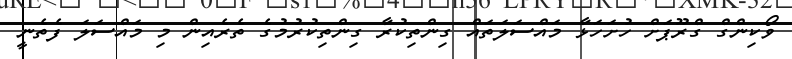
ވޯކިންގް ގްރޫޕަށް ހުށަހަޅާ މައްސަލަތައް ގިންތިކުރާ ގިންތިކުރުމުގެ ތެރެއިން މި މައްސަލަ ފެތެނީ